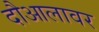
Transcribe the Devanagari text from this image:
दौआलावर